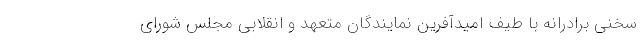
سخنی برادرانه با طیف امید‌آفرین نمایندگان متعهد و انقلابی مجلس شورای